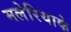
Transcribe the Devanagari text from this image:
मलेरियाके